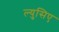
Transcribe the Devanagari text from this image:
ल्युसिए